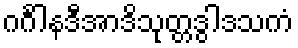
ဂင်္ဂါနဒီအာဒိသုတ္တဒွါဒသကံ